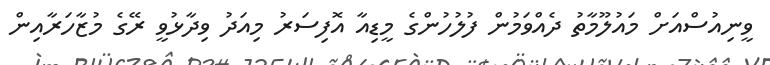
ވީނިއުސްއަށް މައުލޫމާތު ދެއްވަމުން ފުލުހުންގެ މީޑިއާ އޮފިސަރު މިއަދު ވިދާޅުވީ ރޭގެ މުޒާހަރާއިން